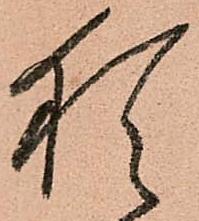
猶